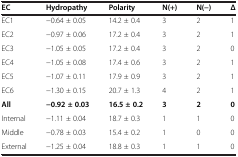
<table><thead><tr><td><b>EC</b></td><td><b>Hydropathy</b></td><td><b>Polarity</b></td><td><b>N(+)</b></td><td><b>N(−)</b></td><td><b>Δ</b></td></tr></thead><tbody><tr><td>EC1</td><td>−0.64 ± 0.05</td><td>14.2 ± 0.4</td><td>3</td><td>2</td><td>1</td></tr><tr><td>EC2</td><td>−0.97 ± 0.06</td><td>17.2 ± 0.4</td><td>3</td><td>2</td><td>1</td></tr><tr><td>EC3</td><td>−1.05 ± 0.05</td><td>17.2 ± 0.4</td><td>3</td><td>2</td><td>0</td></tr><tr><td>EC4</td><td>−1.05 ± 0.08</td><td>17.4 ± 0.6</td><td>3</td><td>2</td><td>1</td></tr><tr><td>EC5</td><td>−1.07 ± 0.11</td><td>17.9 ± 0.9</td><td>3</td><td>2</td><td>1</td></tr><tr><td>EC6</td><td>−1.30 ± 0.15</td><td>20.7 ± 1.3</td><td>4</td><td>2</td><td>1</td></tr><tr><td><b>All</b></td><td><b>−0.92 ± 0.03</b></td><td><b>16.5 ± 0.2</b></td><td><b>3</b></td><td><b>2</b></td><td><b>0</b></td></tr><tr><td>Internal</td><td>−1.11 ± 0.04</td><td>18.7 ± 0.3</td><td>1</td><td>1</td><td>0</td></tr><tr><td>Middle</td><td>−0.78 ± 0.03</td><td>15.4 ± 0.2</td><td>1</td><td>0</td><td>0</td></tr><tr><td>External</td><td>−1.25 ± 0.04</td><td>18.8 ± 0.3</td><td>1</td><td>1</td><td>0</td></tr></tbody></table>